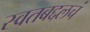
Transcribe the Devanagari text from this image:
स्वतबद्दलचं